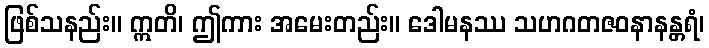
ဖြစ်သနည်း။ ဣတိ၊ ဤကား အမေးတည်း။ ဒေါမနဿ သဟဂတဇဝနာနန္တရံ၊